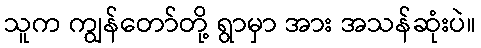
သူက ကျွန်တော်တို့ ရွာမှာ အား အသန်ဆုံးပဲ။